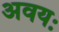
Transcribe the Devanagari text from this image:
अवयः